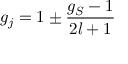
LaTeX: g _ { j } = 1 \pm { \frac { g _ { S } - 1 } { 2 l + 1 } }